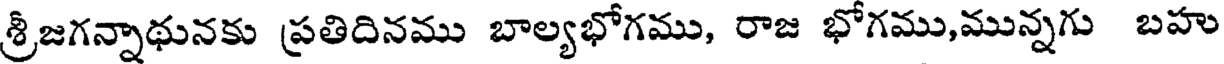
శ్రీజగన్నాథునకు ప్రతిదినము బాల్యభోగము, రాజ భోగము,మున్నగు బహు